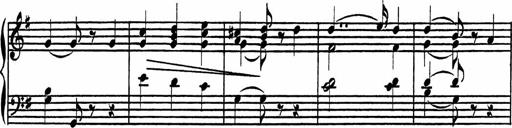
Title: 4 Piano Sonatinas
Composer: Adam Geibel